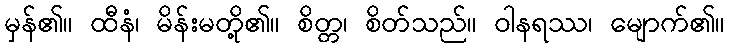
မှန်၏။ ထီနံ၊ မိန်းမတို့၏။ စိတ္တ၊ စိတ်သည်။ ဝါနရဿ၊ မျောက်၏။